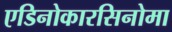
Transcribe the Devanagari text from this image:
एडिनोकारसिनोमा